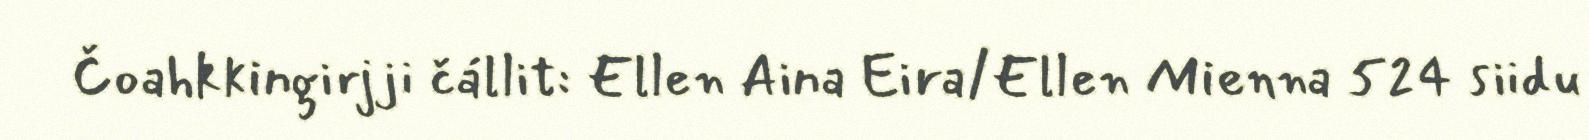
Čoahkkingirjji čállit: Ellen Aina Eira/Ellen Mienna 524 siidu